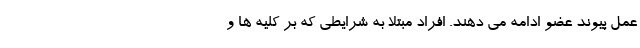
عمل پیوند عضو ادامه می دهند. افراد مبتلا به شرایطی که بر کلیه ها و